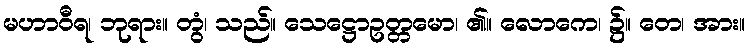
မဟာဝီရ၊ ဘုရား။ တွံ၊ သည်။ သေဋ္ဌောဥတ္တမော၊ ၏။ လောကေ၊ ၌။ တေ၊ အား။